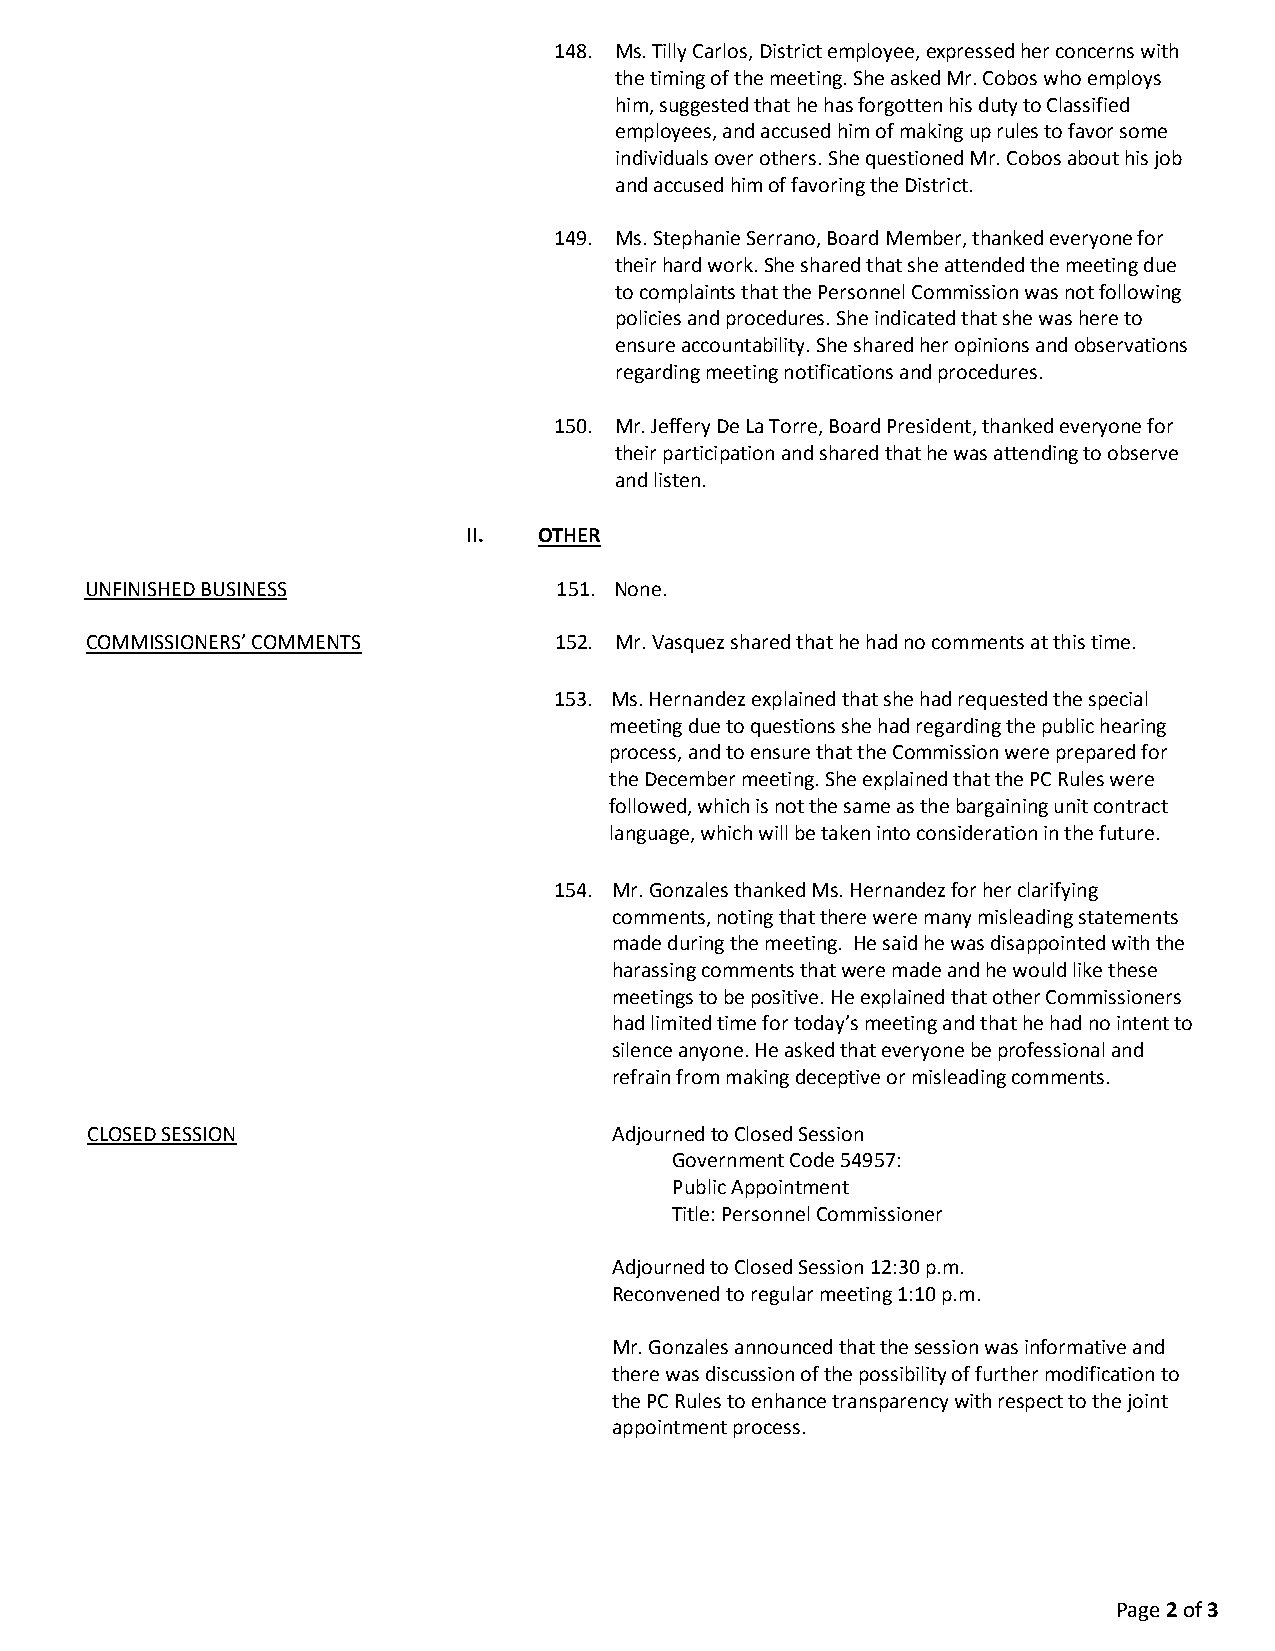
148. Ms. Tilly Carlos, District employee, expressed her concerns with
 the timing of the meeting. She asked Mr. Cobos who employs
 him, suggested that he has forgotten his duty to Classified
 employees, and accused him of making up rules to favor some
 individuals over others. She questioned Mr. Cobos about his job
 and accused him of favoring the District.
 149. Ms. Stephanie Serrano, Board Member, thanked everyone for
 their hard work. She shared that she attended the meeting due
 to complaints that the Personnel Commission was not following
 policies and procedures. She indicated that she was here to
 ensure accountability. She shared her opinions and observations
 regarding meeting notifications and procedures.
 150. Mr. Jeffery De La Torre, Board President, thanked everyone for
 their participation and shared that he was attending to observe
 and listen.
 II.  OTHER
 UNFINISHED BUSINESS            151. None.
 COMMISSIONERS’ COMMENTS        152. Mr. Vasquez shared that he had no comments at this time.
 153. M s. Hernandez explained that she had requested the special
 meeting due to questions she had regarding the public hearing
 process, and to ensure that the Commission were prepared for
 the December meeting. She explained that the PC Rules were
 followed, which is not the same as the bargaining unit contract
 language, which will be taken into consideration in the future.
 154. Mr. Gonzales thanked Ms. Hernandez for her clarifying
 comments, noting that there were many misleading statements
 made during the meeting. He said he was disappointed with the
 harassing comments that were made and he would like these
 meetings to be positive. He explained that other Commissioners
 had limited time for today’s meeting and that he had no intent to
 silence anyone. He asked that everyone be professional and
 refrain from making deceptive or misleading comments.
 CLOSED SESSION                     Adjourned to Closed Session
 Government Code 54957:
 Public Appointment
 Title: Personnel Commissioner
 Adjourned to Closed Session 12:30 p.m.
 Reconvened to regular meeting 1:10 p.m.
 Mr. Gonzales announced that the session was informative and
 there was discussion of the possibility of further modification to
 the PC Rules to enhance transparency with respect to the joint
 appointment process.
 Page 2 of 3